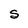
Character: S